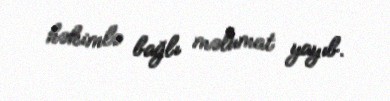
həkimlə bağlı məlumat yayıb.